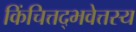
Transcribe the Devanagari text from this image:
किंचित्तद्भवेत्तस्य